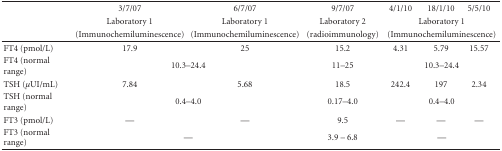
<table><thead><tr><td></td><td><b>3/7/07</b></td><td><b>6/7/07</b></td><td><b>9/7/07</b></td><td><b>4/1/10</b></td><td><b>18/1/10</b></td><td><b>5/5/10</b></td></tr><tr><td></td><td><b>Laboratory 1</b></td><td><b>Laboratory 1</b></td><td><b>Laboratory 2</b></td><td colspan="3"><b>Laboratory 1</b></td></tr><tr><td></td><td><b>(Immunochemiluminescence)</b></td><td><b>(Immunochemiluminescence)</b></td><td><b>(radioimmunology)</b></td><td colspan="3"><b>(Immunochemiluminescence) </b></td></tr></thead><tbody><tr><td>FT4 (pmol/L)</td><td>17.9</td><td>25</td><td>15.2</td><td>4.31</td><td>5.79</td><td>15.57</td></tr><tr><td>FT4 (normal range)</td><td colspan="2">10.3–24.4</td><td>11–25</td><td colspan="3">10.3–24.4</td></tr><tr><td>TSH (<i>μ</i>UI/mL)</td><td>7.84</td><td>5.68</td><td>18.5</td><td>242.4</td><td>197</td><td>2.34</td></tr><tr><td>TSH (normal range)</td><td colspan="2">0.4–4.0</td><td>0.17–4.0</td><td colspan="3">0.4–4.0</td></tr><tr><td>FT3 (pmol/L)</td><td>—</td><td>—</td><td>9.5</td><td>—</td><td>—</td><td>—</td></tr><tr><td>FT3 (normal range)</td><td colspan="2">—</td><td>3.9 – 6.8</td><td colspan="3">—</td></tr></tbody></table>